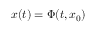
{ \boldsymbol { x } } ( t ) = \Phi ( t , { \boldsymbol { x } } _ { 0 } )